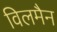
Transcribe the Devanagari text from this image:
विलमैन